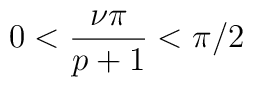
0<\displaystyle\frac{\nu \pi }{p+1}<\pi /2